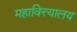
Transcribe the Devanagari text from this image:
महावित्त्यालय